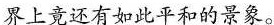
界上竟还有如此平和的景象。